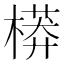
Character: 𣙷